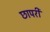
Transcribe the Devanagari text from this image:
छापरी